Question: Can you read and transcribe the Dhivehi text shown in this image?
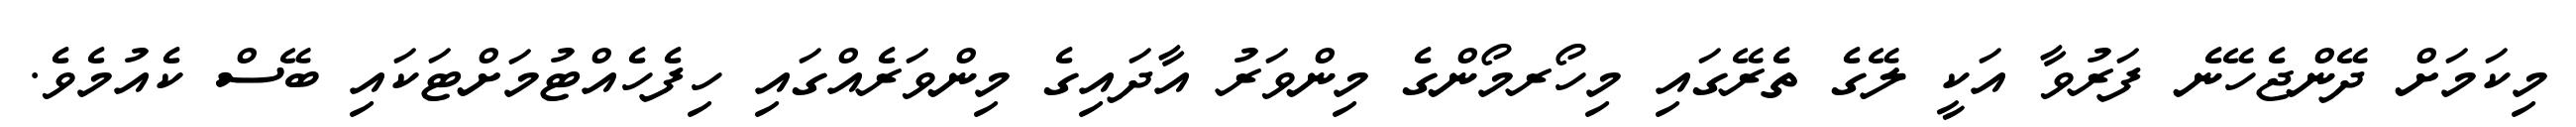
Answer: މިކަމަށް ދޭންޖެހޭނެ ފަރުވާ އަކީ ލޭގެ ތެރޭގައި މިހޯރމޯންގެ މިންވަރު އާދައިގެ މިންވަރެއްގައި ހިފެހެއްޓުމަށްޓަކައި ބޭސް ކެއުމެވެ.